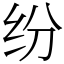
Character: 纷